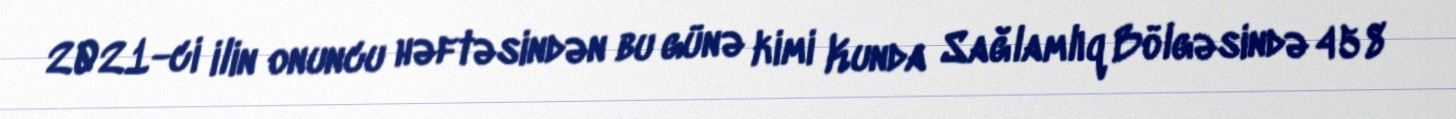
2021-ci ilin onuncu həftəsindən bu günə kimi Kunda Sağlamlıq Bölgəsində 458